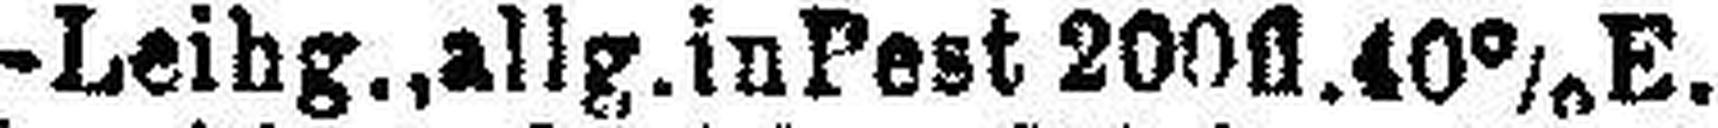
„ -Leihg., allg. in Pest 200fl. 40% E.